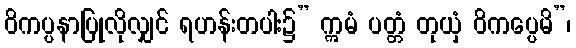
ဝိကပ္ပနာပြုလိုလျှင် ရဟန်းတပါး၌” ဣမံ ပတ္တံ တုယှံ ဝိကပ္ပေမိ”၊